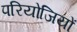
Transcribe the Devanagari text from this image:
परियोजियों